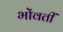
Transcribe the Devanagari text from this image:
भोंवतीं